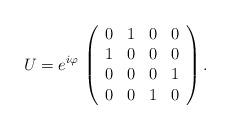
LaTeX: \begin{align*}U=e^{i\varphi} \, \left( \begin{array}{rrrr}0 & 1 & 0 & 0\\1 & 0 & 0 & 0\\0 & 0 & 0 & 1\\0 & 0 & 1 & 0\end{array}\right).\end{align*}